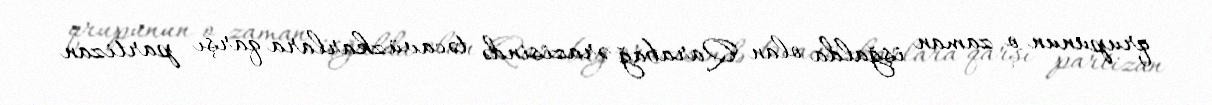
qrupunun o zaman işğalda olan Qarabağ ərazisində təcavüzkarlara qarşı partizan